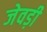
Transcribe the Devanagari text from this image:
जेवड़ी